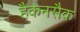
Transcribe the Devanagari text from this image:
हैकनसैक